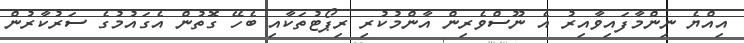
އިއްޔެ ނިންމާފައިވާއިރު އެ ނޫސްވެރިން އާންމުކުރި ރިޕޯޓުތަކާއި ބެހޭ ގޮތުން އެގައުމުގެ ސަރުކާރުން